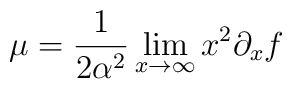
\mu=\frac{1}{2\alpha^2 }\lim_{x\to\infty} x^2\partial_x f